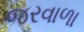
જરવાળા